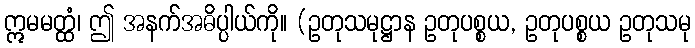
ဣမမတ္ထံ၊ ဤ အနက်အဓိပ္ပါယ်ကို။ (ဥတုသမုဋ္ဌာန ဥတုပစ္စယ, ဥတုပစ္စယ ဥတုသမု